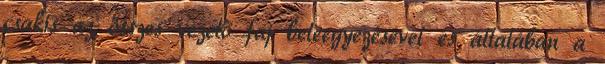
csakis az összes vezető faj beleegyezésével és általában a